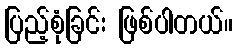
ပြည့်စုံခြင်း ဖြစ်ပါတယ်။